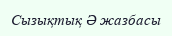
Сызықтық Ә жазбасы